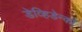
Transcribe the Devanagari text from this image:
डेव्हिडेन्को